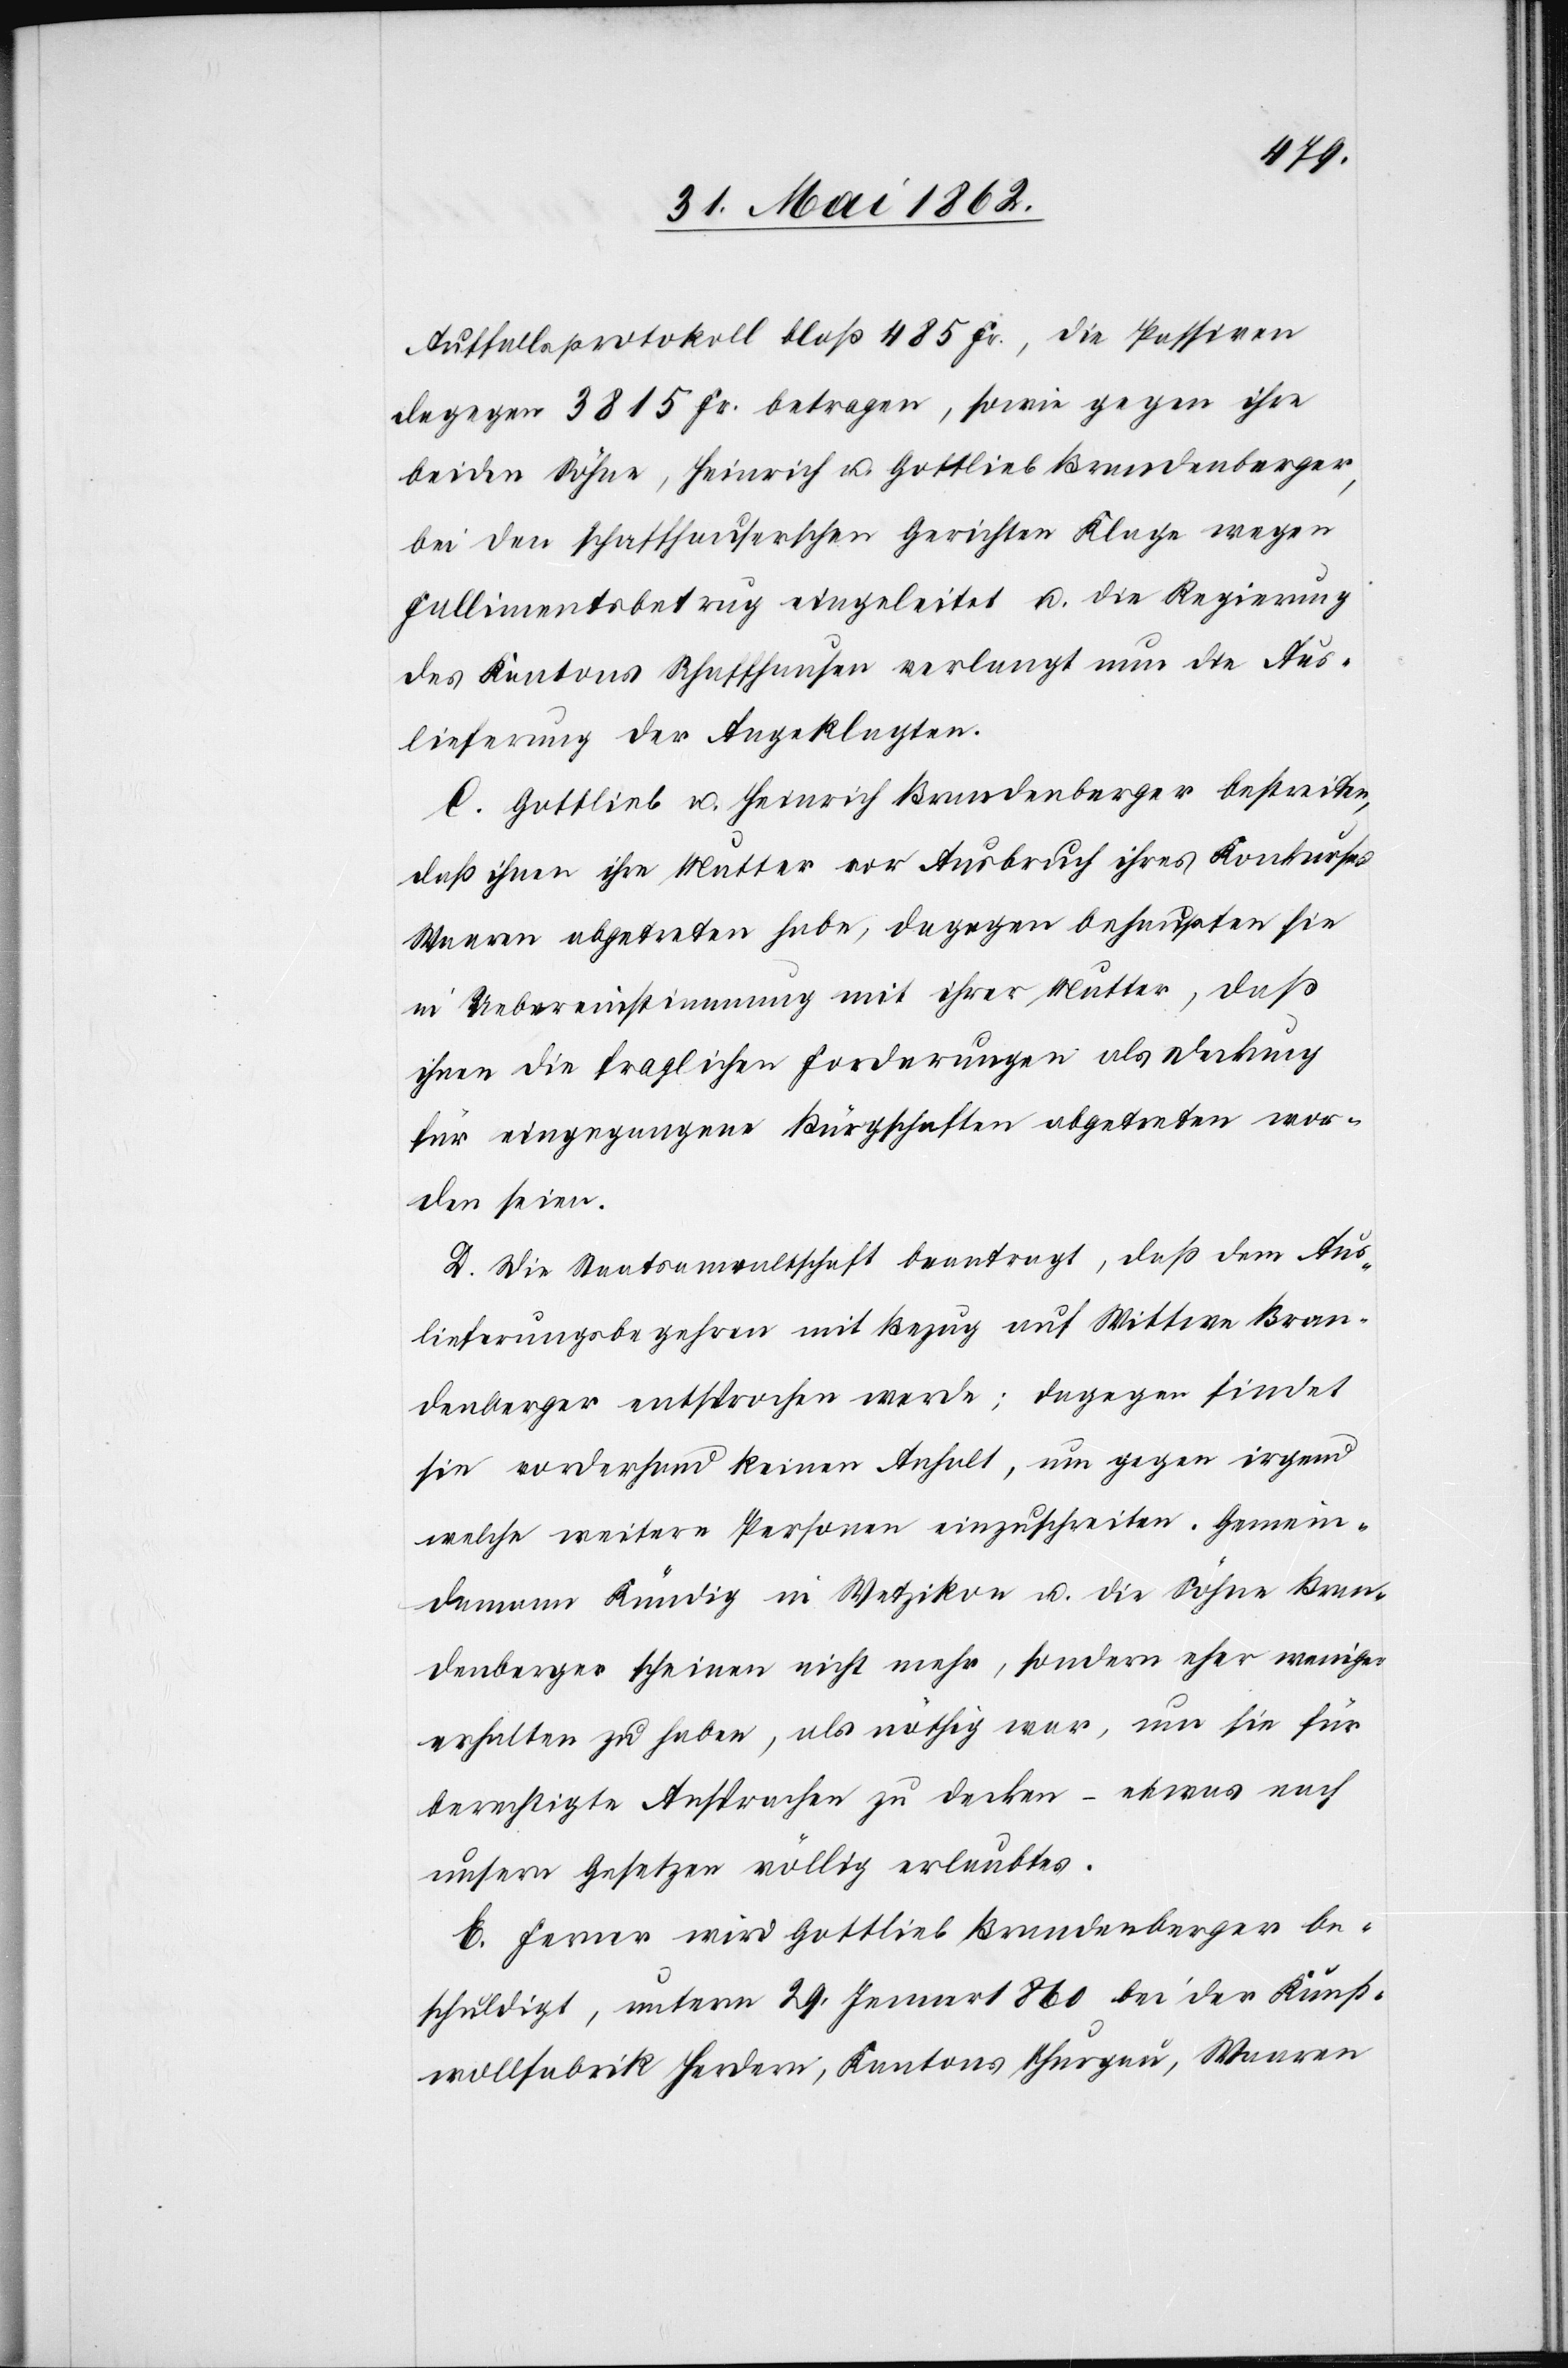
Auffallsprotokoll bloß 485 Fr., die Passiven
dagegen 3815 Fr. betragen, sowie gegen ihre
beidem Söhne, Heinrich u. Gottlieb Brandenberger,
bei den schaffhauserschen Gerichten Klage wegen
Fallimentsbetrug eingeleitet u. die Regierung
des Kantons Schaffhausen verlangt nun die Aus¬
lieferung der Angeklagten.
C. Gottlieb u. Heinrich Brandenberger bestreiten,
daß ihnen ihre Mutter vor Ausbruch ihres Konkurses
Waaren abgetreten habe, dagegen behaupten sie
in Uebereinstimmung mit ihrer Mutter, daß
ihnen die fraglichen Forderungen als Deckung
für eingegangene Bürgschaften abgetreten wor¬
den seien.
D. Die Staatsanwaltschaf beantragt, daß dem Aus¬
lieferungsbegehren mit Bezug auf Wittwe Bran¬
denberger entsprochen werde; dagegen findet
sie vorderhand keinen Anhalt, um gegen irgend
welche weitere Personen einzuschreiten. Gemein¬
dammann Kündig in Wetzikon u. die Söhne Bran¬
denberger scheinen nicht mehr, sondern eher weniger
erhalten zu haben, als nöthig war, um sie für
berechtigte Ansprachen zu decken – etwas nach
unsern Gesetzen völlig erlaubtes.
E. Ferner wird Gottlieb Brandenberger be¬
schuldigt, unterm 29. Jenner 1860 bei der Kunst¬
wollfabrik Herdern, Kantons Thurgau, Waaren